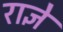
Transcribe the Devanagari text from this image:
राज्ञे